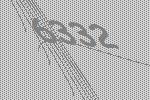
6332